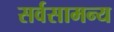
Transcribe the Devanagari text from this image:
सर्वसामन्य